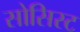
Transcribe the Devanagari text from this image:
सोसिस्ट